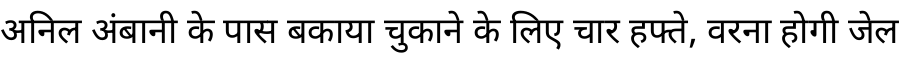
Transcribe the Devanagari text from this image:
अनिल अंबानी के पास बकाया चुकाने के लिए चार हफ्ते, वरना होगी जेल